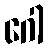
ဂေါ